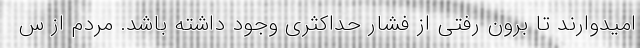
امیدوارند تا برون رفتی از فشار حداکثری وجود داشته باشد. مردم از س